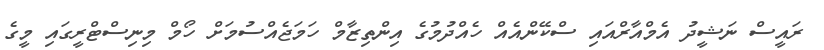
ރައީސް ނަޝީދު އެމްއާރްއައި ސްކޭންއެއް ހެއްދުމުގެ އިންތިޒާމް ހަމަޖެއްސުމަށް ހޯމް މިނިސްޓްރީގައި މީގެ